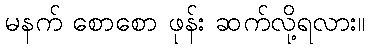
မနက် စောစော ဖုန်း ဆက်လို့ရလား။